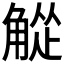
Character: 𬢘